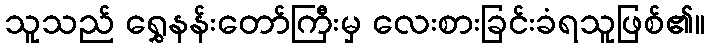
သူသည် ရွှေနန်းတော်ကြီးမှ လေးစားခြင်းခံရသူဖြစ်၏။